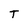
Character: T